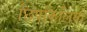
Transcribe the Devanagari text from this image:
छिपकिलियों